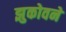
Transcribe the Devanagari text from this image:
झुकोवने